Janeda_(Ambla)_vallavalitsus, lk 4
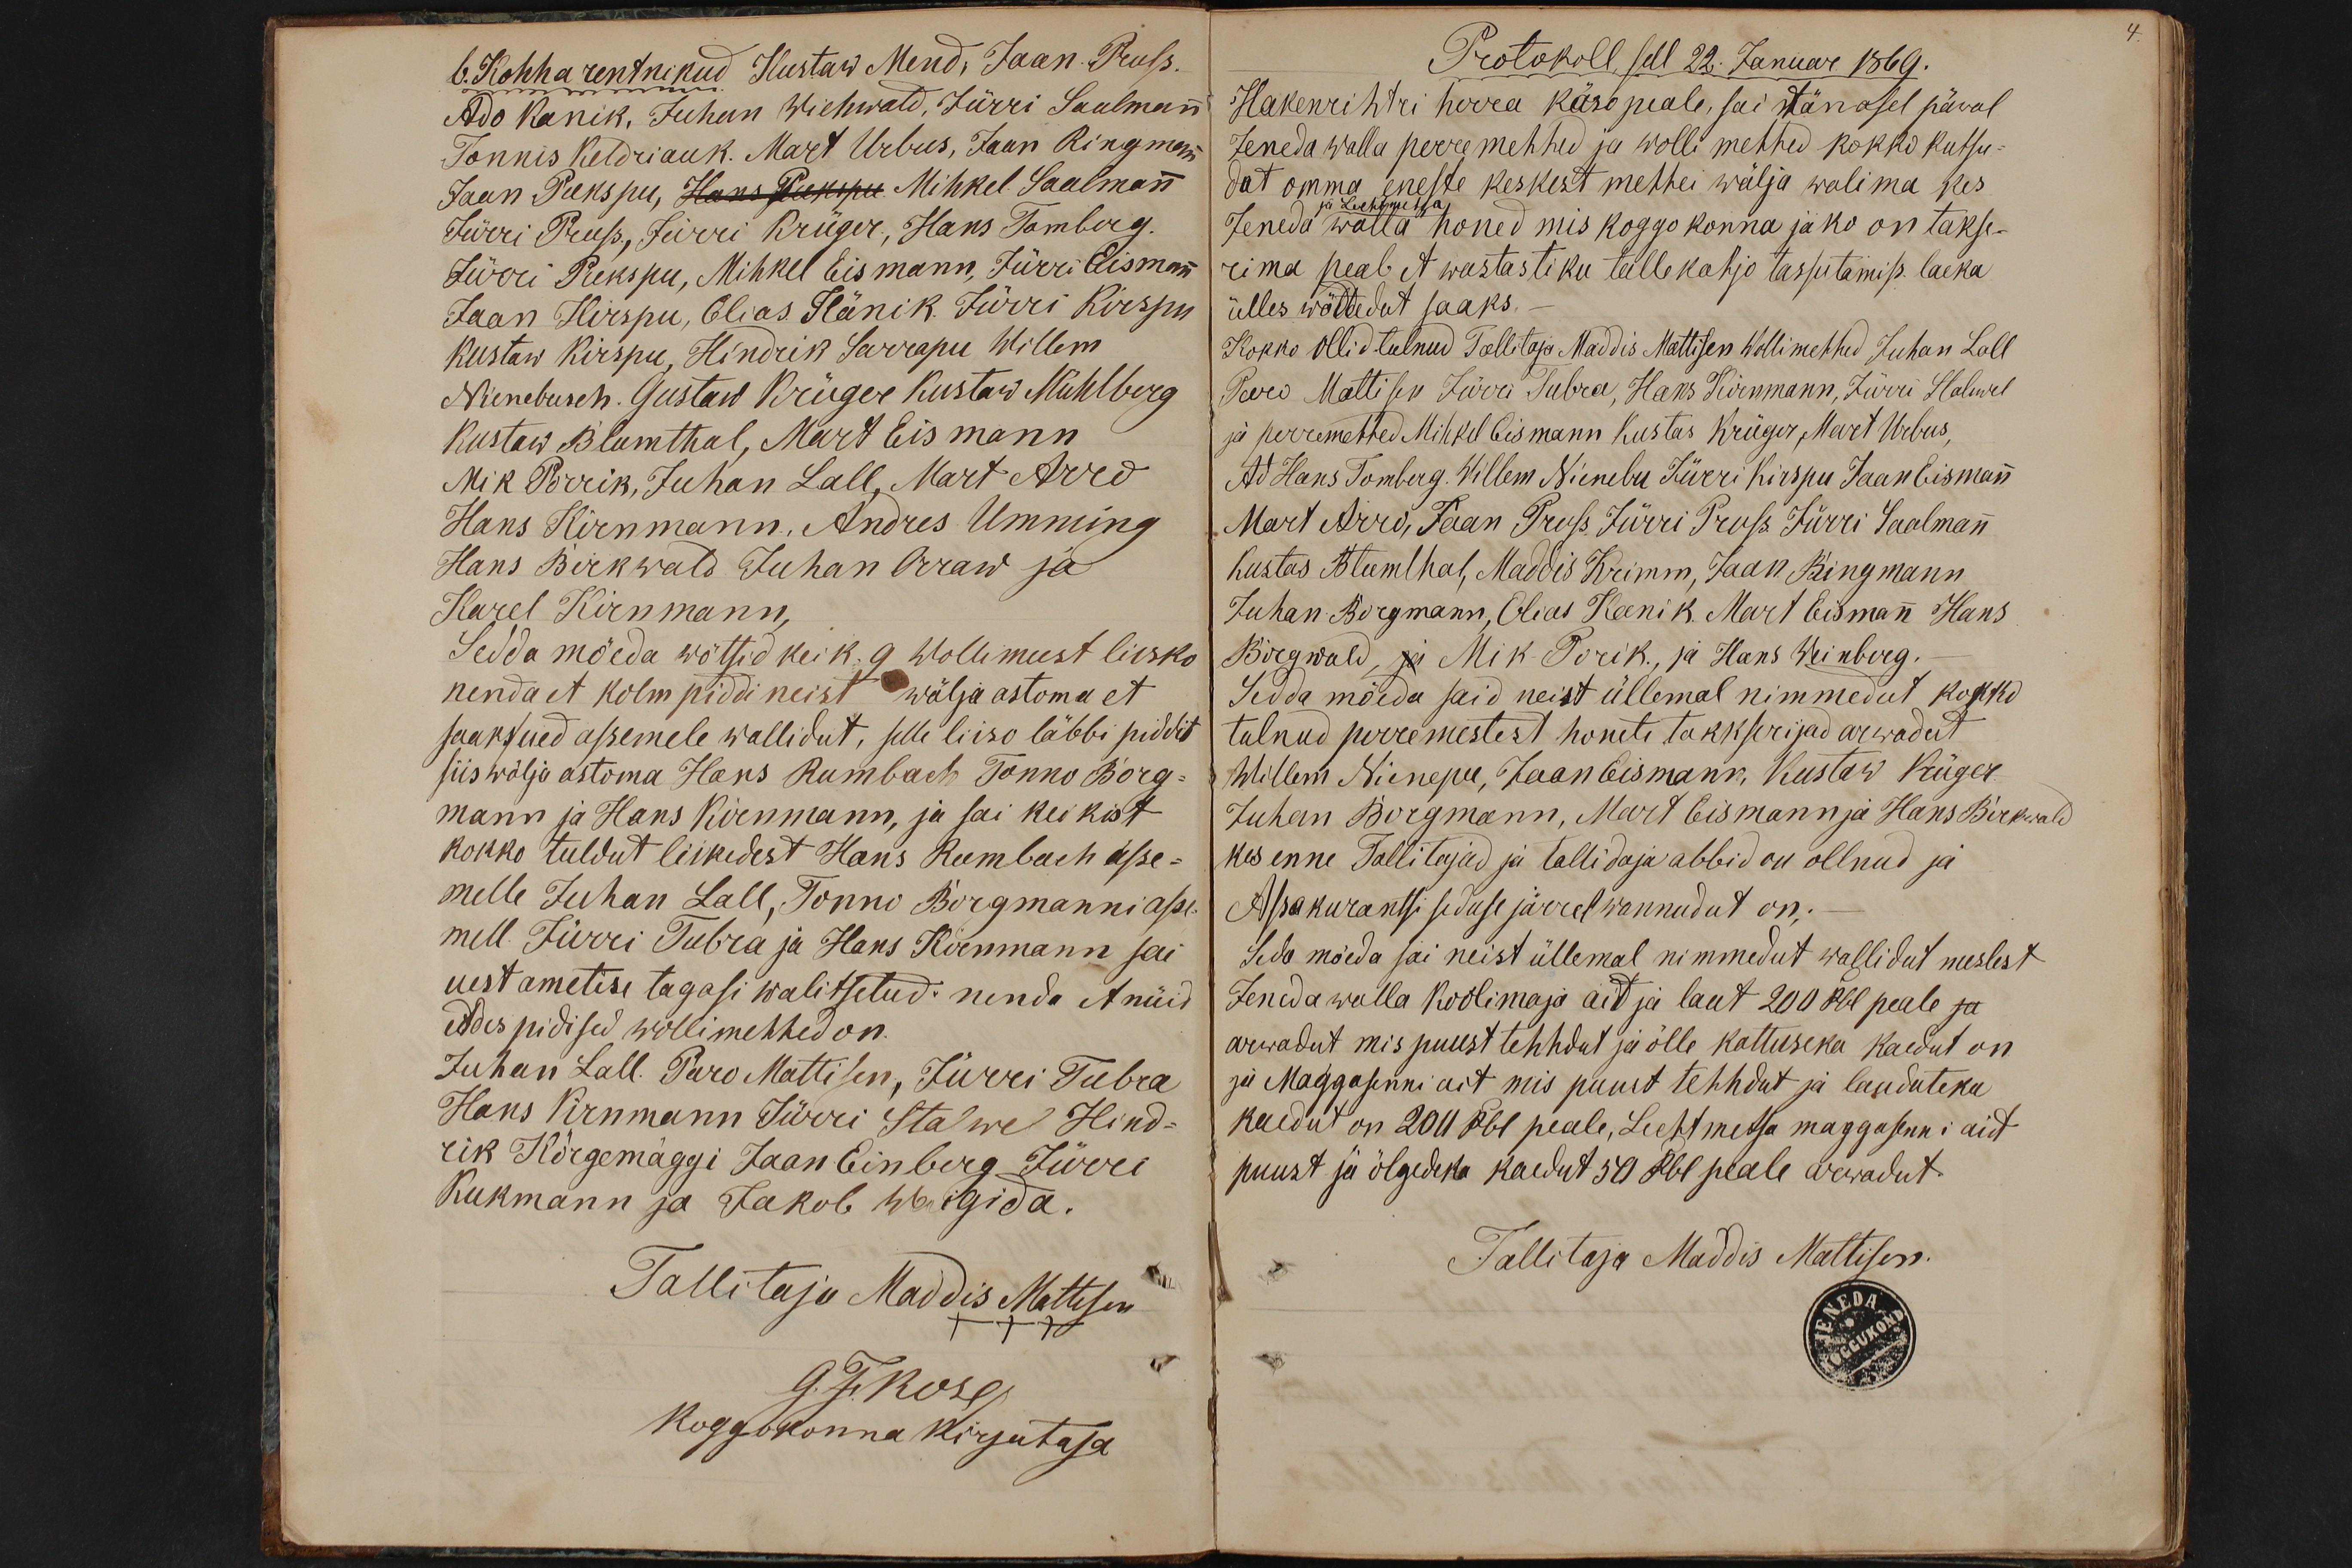
b. Kohha rentnikud Kustaw Mend, Jaan Pruss.
Ado Kanik, Juhan Wiehwald, Jürri Saalmann,
Tonnis Keldriauk. Mart Urbus, Jaan Ringmann
Jaan Pukspu, Hans Pukspu Mihkel Saalmann
Jürri Pruss, Jürri Krüger, Hans Tomberg.
Jürri Pukspu, Mihkel Eismann, Jürri Eismann,
Jaan Kirspu, Elias Känik Jürri Kirspu
Kustaw Kirspu, Hindrik Sarrapu Willem
Nienebusch. Gustaw Krüger Kustaw Mühlberg
Kustaw Blumthal, Mart Eismann
Mik Porrik, Juhan Lall, Mart Arro
Hans Kirnmann, Andres Umming
Hans Birkwald Juhan Orraw ja
Karel Kirnmann,
Sedda möeda wõtsid keik 9 Wollimeest liesko
nenda et kolm piddi neist wälja astoma et
saaks ued assemele wallidut, selle liiso läbbi piddit
siis wälja astoma Hans Rumbach Tonno Borg
mann ja Hans Kirnmann, ja sai keikist
kokko tuldut liikedest Hans Rumbach asse-
melle Juhan Lall, Tonno Borgmanni asse-
mell Jürri Tubra ja Hans Kirnmann sai
uest ametise tagasi walitsetud: nenda et nüid
eddespidised wollimehhed on.
Juhan Lall. Päro Mattisen, Jürri Tubra
Hans Kirnmann Jürri Stalwel Hind-
rik Kõrgemäggi Jaan Einberg Jürri
Kukmann ja Jakob Waigida.
Tallitaja Maddis Mattisen
XXX
G.F.Rose/
koggokonna kirjutaja

Protokoll, sell 22. Januar 1869.
Hakenrihtri herra käso peale, sai tänasel päwal
Jeneda walla perremehhed ja wolli mehhed kokko kutsu
dut omma eneste keskest mehhei wälja walima kes
ja Lechtmetsa
Jeneda walla honed mis koggo konna jäko on takse-
rima peab et wastastiku tullekahjo tassutamiss laeka
ülles wõttedut saaks.
Kokko ollid tulnud Tallitaja Maddis Mattisen Wollimehhed Juhan Lall
Paro Mattisen Jürri Tubra, Hans Kirnmann, Jürri Stalewel
ja perremehhed Mihkel Eismann Kustas Krüger ,Mart Urbus.
Ad Hans Tomberg. Willem Nienebu Jürri Kirspu Jaan Eismann
Mart Arro, Jaan Pruss Jürri Pruss Jürri Saalmann
Kustas Blumthal, Maddis Krimm, Jaan Ringmann
Juhan Borgmann, Elias Kanik. Mart Eismann Hans
Birgwald, ja Mik Porik., ja Hans Weinberg.
Sedda möeda said neist üllemal nimmedut kokko
tulnud perremestest honete takkserijad arwadut
Willem Nienepu, Jaan Eismann, Kustaw Krüger
Juhan Borgmann, Mart Eismann ja Hans Birkwald
kes enne Tallitajad ja tallidaja abbid on ollnud ja
Assakurantsi seduse järrel wannudut on;
Seda möeda sai neist üllemal nimmedut wallidut meslest
Jeneda walla koolimaja ait ja laut 200 Rbl peale ja
arwadut mis puust tehhdut ja õlle kattuseka kaedut on
ja Maggasenni ait mis puust tehhdut ja lauduteka
kaedut on 200 Rbl peale, Lechtmetsa maggasenni ait
puust ja õlgedeka kaedut 50 Rbl peale arwadut.
Tallitaja Maddis Mattisen.
JENEDA KOGGUKOND